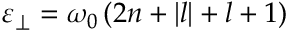
\begin{array} { r } { \varepsilon _ { \perp } = \omega _ { 0 } \left( 2 n + | l | + l + 1 \right) } \end{array}